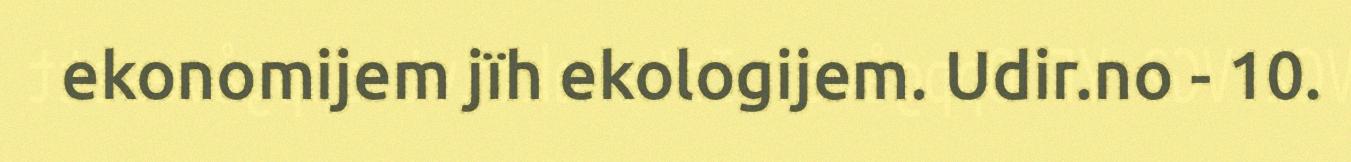
ekonomijem jïh ekologijem. Udir.no - 10.